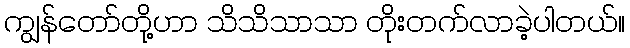
ကျွန်တော်တို့ဟာ သိသိသာသာ တိုးတက်လာခဲ့ပါတယ်။